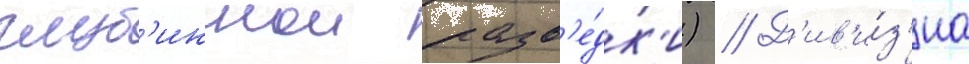
глуб'иннои разв'е́дк'и) // Д'ив'и́з'иа